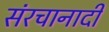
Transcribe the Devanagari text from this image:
संरचानादी